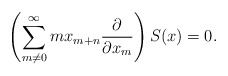
\begin{align*}\left( \sum_{m\neq 0}^\infty {m x_{m+n}{\partial\over\partial x_m }}\right) S(x)=0. \end{align*}